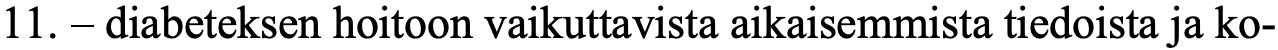
11. – diabeteksen hoitoon vaikuttavista aikaisemmista tiedoista ja ko-